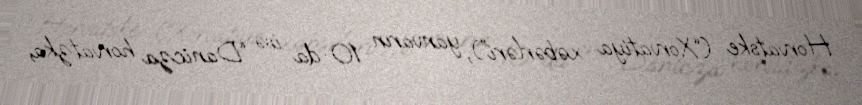
Horvatske (“Xorvatiya xəbərləri”), yanvarın 10-da isə “Danicza horvatzka,